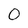
Character: 0